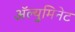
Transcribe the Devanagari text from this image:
अॅल्युमिनेट